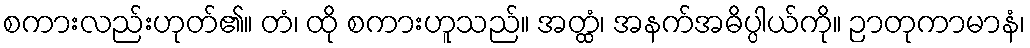
စကားလည်းဟုတ်၏။ တံ၊ ထို စကားဟူသည်။ အတ္ထံ၊ အနက်အဓိပ္ပါယ်ကို။ ဉာတုကာမာနံ၊